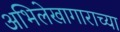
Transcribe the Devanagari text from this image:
अभिलेखागाराच्या